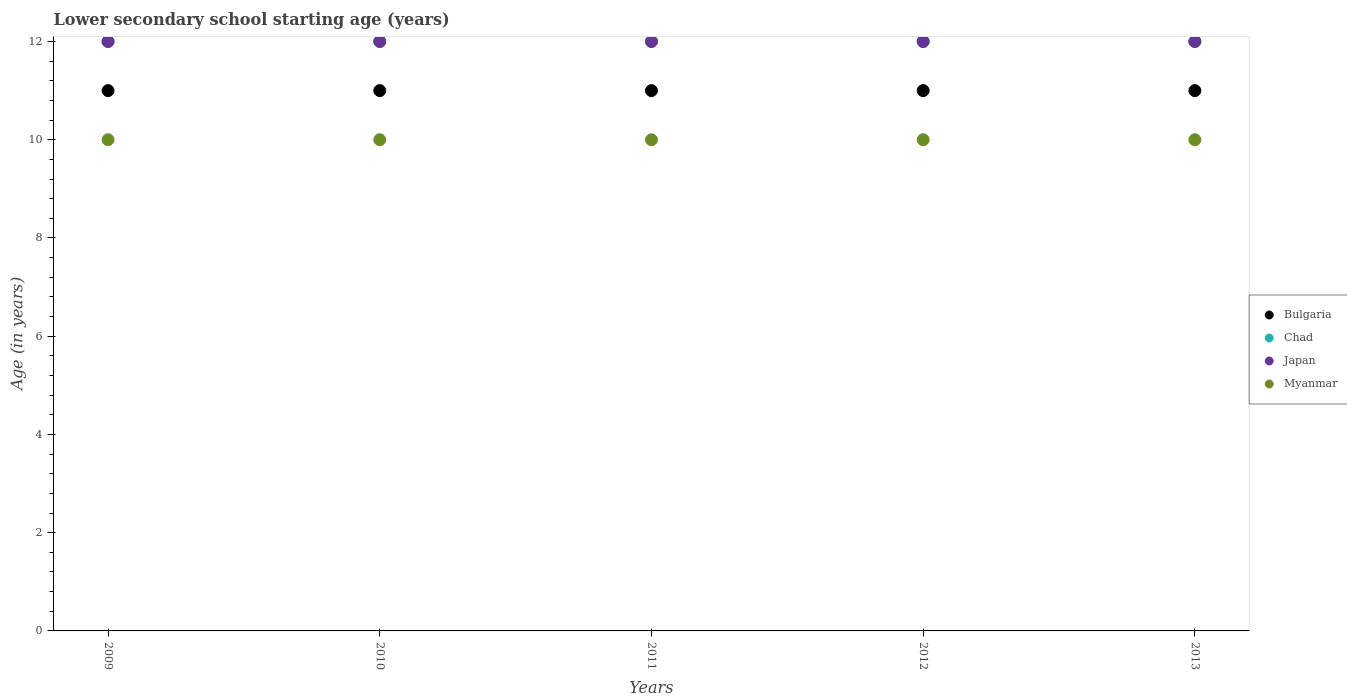
| Years | Bulgaria | Chad | Japan | Myanmar |
 | --- | --- | --- | --- | --- |
 | 2009 | 11 | 12 | 12 | 10 |
 | 2010 | 11 | 12 | 12 | 10 |
 | 2011 | 11 | 12 | 12 | 10 |
 | 2012 | 11 | 12 | 12 | 10 |
 | 2013 | 11 | 12 | 12 | 10 |